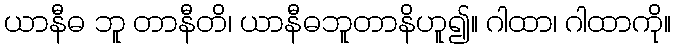
ယာနီဓ ဘူ တာနီတိ၊ ယာနီဓဘူတာနိဟူ၍။ ဂါထာ၊ ဂါထာကို။